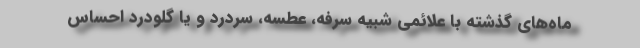
ماه‌های گذشته با علائمی شبیه سرفه، عطسه، سردرد و یا گلودرد احساس